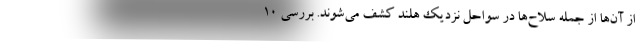
از آن‌ها از جمله سلاح‌ها در سواحل نزدیک هلند کشف می‌شوند. بررسی ۱۰